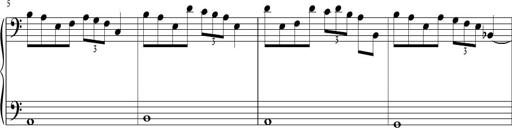
Title: Sonatina in C major
Composer: Or Vaitzman
Key: C major